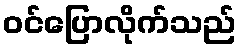
ဝင်ပြောလိုက်သည်